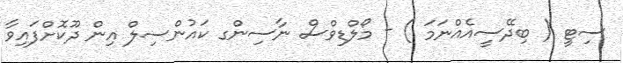
ސިޓީ ( ބިދޭސީއެއްނަމަ ) - މޯލްޑިވްސް ނާސިންގ ކައުންސިލް އިން ދޫކޮށްފައިވާ